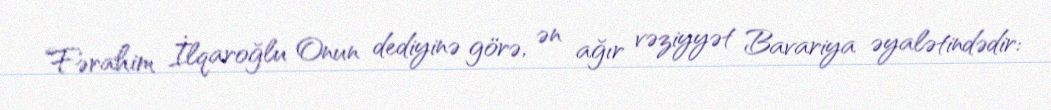
Fərahim İlqaroğlu Onun dediyinə görə, ən ağır vəziyyət Bavariya əyalətindədir: